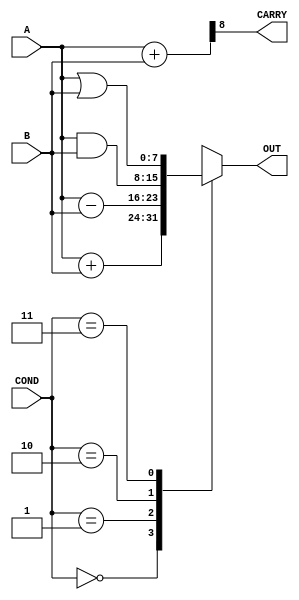
module ULA(
           input [7:0] A,        //Input A de 8 bits
           input [7:0] B,        //Input A de 8 bits
           input [1:0] COND,     //Elige la eleccion de la ULA
           output [7:0] OUT,     //Output 8-bits de la ULA
           output CARRY);        //Carry de la ULA;
    
    reg [7:0] RESULTADO;
    assign OUT = RESULTADO;      // OUTPUT de la ULA

    wire [8:0] aux;
    assign aux = {1'b0, A} + {1'b0, B};
    assign CARRY = aux[8];      //Carry de la ULA 
    
    always @ (*) begin
        case(COND)
        2'b00: // Suma de 2 N de 8 Bits
            RESULTADO = A + B; 
        2'b01: // Resta de 2 N de 8 bits
            RESULTADO =  A - B;
        2'b10: //  Puerta AND 
            RESULTADO =A&B;
        2'b11: //  Puerta OR
            RESULTADO =A|B;
        //En caso de no porner una entrada valida al multiplexor de eleccin
        //Retornamos la suma
        default: RESULTADO = A + B ; 
        endcase
    end

endmodule